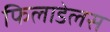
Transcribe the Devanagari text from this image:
फिलाडेलस